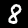
Label: 8